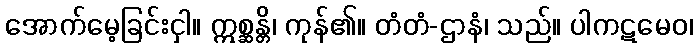
အောက်မေ့ခြင်းငှါ။ ဣစ္ဆန္တိ၊ ကုန်၏။ တံတံ-ဌာနံ၊ သည်။ ပါကဋမေဝ၊